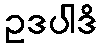
ဥဒပါဒိ